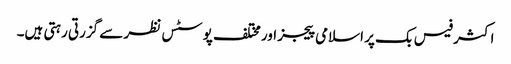
اکثر فیس بک پر اسلامی پیجز اور مختلف پوسٹس نظر سے گزرتی رہتی ہیں۔